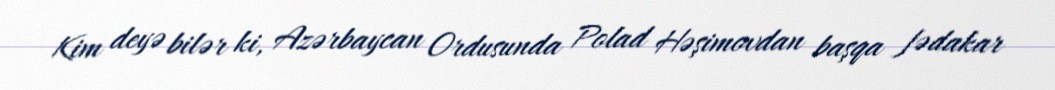
Kim deyə bilər ki, Azərbaycan Ordusunda Polad Həşimovdan başqa fədakar